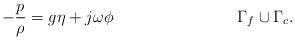
LaTeX: \begin{align*} -\frac{p}{\rho} &= g\eta + j\omega\phi &\Gamma_f\cup\Gamma_c.\end{align*}